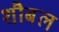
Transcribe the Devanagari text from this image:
शौबल